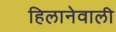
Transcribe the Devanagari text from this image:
हिलानेवाली